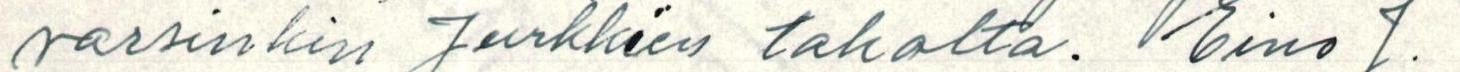
varsinkin Jurkkien taholta. Eino J.